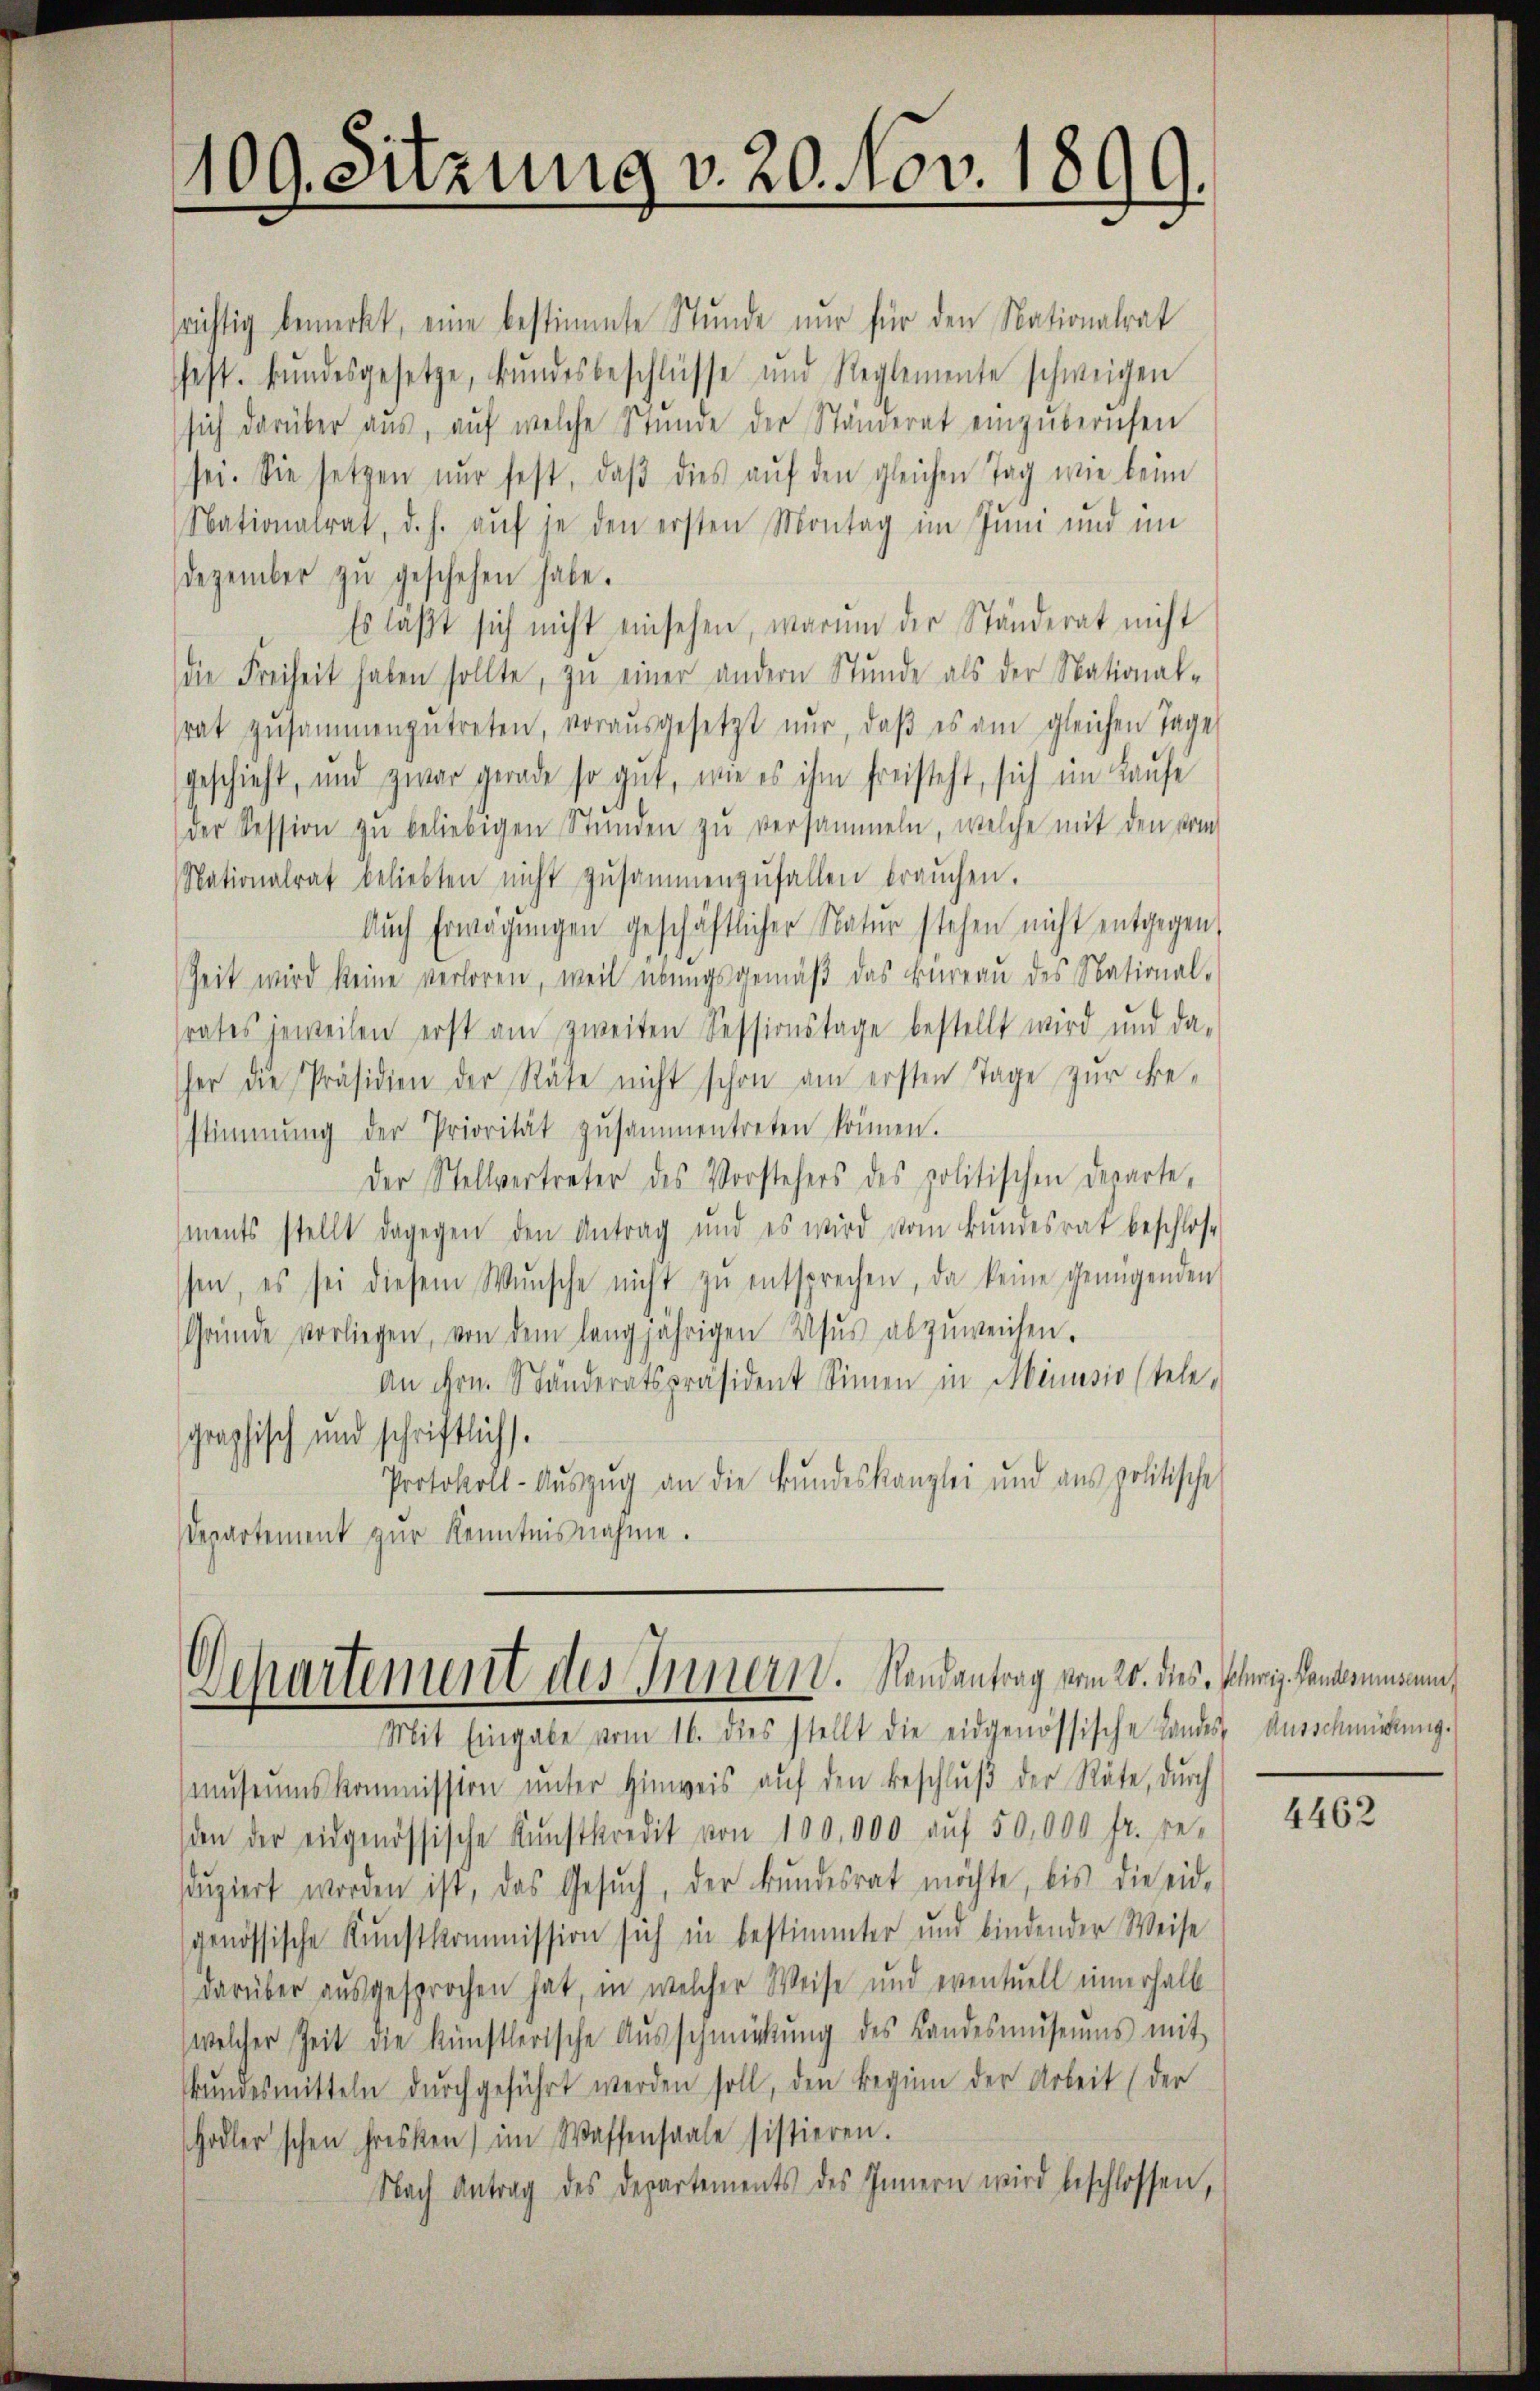
109. Sitzung v. 20. Nov. 1899.

Dchartement des Innern. Randantrag vom 20. des Poliz. Landammann,
Mit Eingabe vom 16. dies stellt die eidgenössische Landes Ausschmückung.

srichtig bemerkt, eine bestimmte Stunde nur für den Nationalrat
hast. Bŭndesgesetze, Bŭndesbeschlüsse und Reglemente schweigen
sich darüber aŭs, aŭf welche Stunde der Ständerat einzŭberufen
sei. Sie setzen nŭr fest, daβ dies aŭf den gleichen Tag wie beim
Nationalrat, d. h. auf je den ersten Montag im Juni und im
Dezember zŭ geschehen habe.
Es laßt sich nicht einsehen, warum der Ständerat nicht
die Freiheit haben sollte, zŭ einer andern Stunde als der National-
srat zusammenzutreten, vorausgesetzt nur, daβ es am gleichen Tage
geschieht, und zwar gerade so gut, wie es ihm freisteht, sich im Laufe
der Session zŭ beliebigen Stŭnden zŭ versammeln, welche mit den vom
Nationalrat beliebten nicht zusammenzufallen braŭchen.
Aŭch Erwägŭngen geschäftlicher Natŭr stehen nicht entgegen,
Zeit wird keine verloren, weil übungsgemäß das Büreau des National-
srates jeweilen erst am zweiten Sessionstage bestellt wird und da-
her die Präsidien der Räte nicht schon am ersten Tage zur Be-
stimmung der Priorität zusammentreten können.
Der Stellvertreter des Vorstehers des politischen Departe,
ments stellt dagegen den Antrag und es wird vom Bundesrat beschlos-
ssen, es sei diesem Wunsche nicht zŭ entsprechen, da keine genügenden
Gründe vorliegen, von dem langjährigen Usus abzŭweisen.
An Hrn. Ständeratspräsident Sinnen in Minusio tele-
graphisch und schriftlichs.
Protokoll-Aŭszŭg an die Bŭndeskanzlei und ans politische
Departement zur Kenntnisnahme.

mŭseŭmskommission ŭnter Hinweis aŭf den Beschlŭβ der Räte, dŭrch
den der eidgenössische Kŭnstkredit von 100,000 aŭf 50,000 fr. re-
sŭziert worden ist, das Gesŭch, der Bŭndesrat möchte, bis die eid-
genössische Kunstkommission sich in bestimmter und bindender Weise
darüber ausgesprochen hat, in welcher Weise und eventuell einerhalb
welcher Zeit die künstlerische Aŭsschmückŭng des Landesmŭseŭms mit
bŭndesmitteln dŭrchgeführt werden soll, den Beginn der Arbeit (der
Hodler'schen fresken) im Wassensaale sistieren.
Nach Antrag des Departements des Innern wird beschlossen,

4462